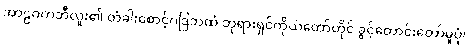
အာဠဝကဘီလူး၏ တံခါးစောင့်ဂဒြဘထံ ဘုရားရှင်ကိုယ်တော်တိုင် ခွင့်တောင်းတော်မူပုံ၊